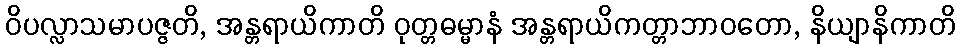
ဝိပလ္လာသမာပဇ္ဇတိ, အန္တရာယိကာတိ ဝုတ္တဓမ္မာနံ အန္တရာယိကတ္တာဘာဝတော, နိယျာနိကာတိ